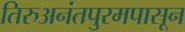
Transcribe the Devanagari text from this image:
तिरुअनंतपुरमपासून